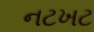
નટખટ